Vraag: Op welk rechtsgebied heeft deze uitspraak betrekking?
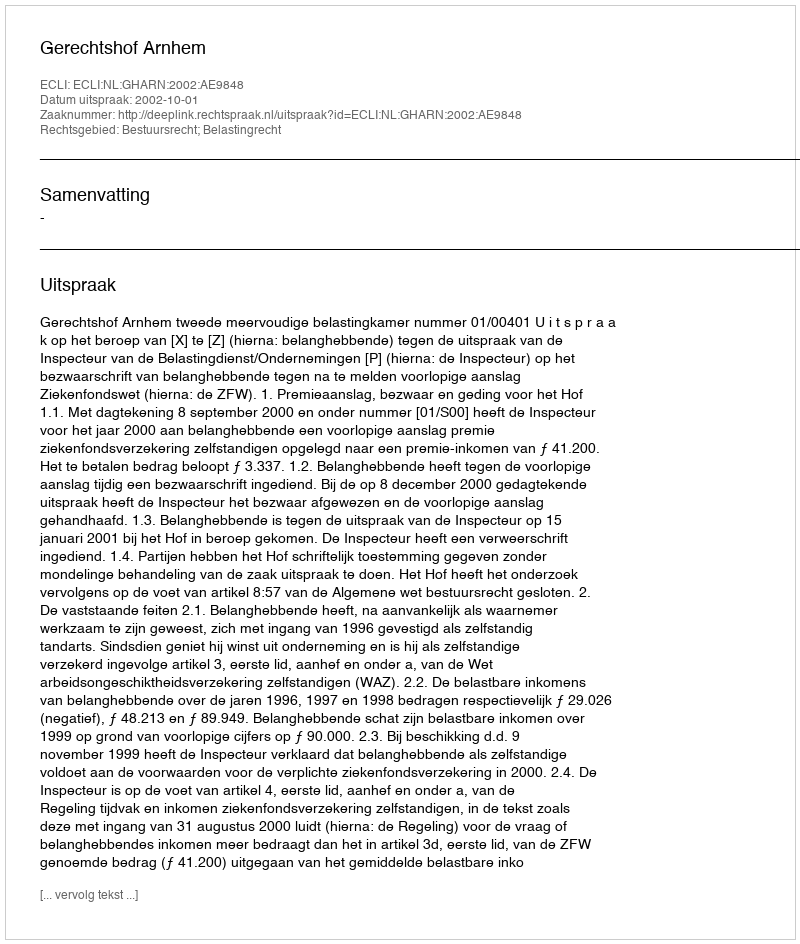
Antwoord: Bestuursrecht; Belastingrecht